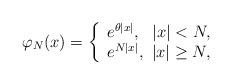
LaTeX: \begin{align*}\varphi _N(x)= \left\{\begin{array}{ll}e^{\theta |x|},~~|x|<N,\\e^{N |x|},~|x|\geq N,\end{array}\right.\end{align*}